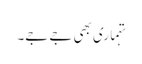
تہماری بھی جے جے۔